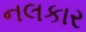
નલકાર